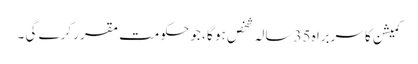
کمیشن کا سربراہ 35 سالہ شخص ہو گا ، جو حکومت مقرر کرے گی ۔